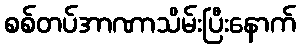
စစ်တပ်အာဏာသိမ်းပြီးနောက်